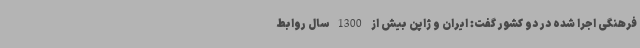
فرهنگی اجرا شده در دو کشور گفت: ایران و ژاپن بیش از 1300 سال روابط